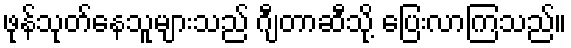
ဖုန်သုတ်နေသူများသည် ဂျီတာဆီသို့ ပြေးလာကြသည်။